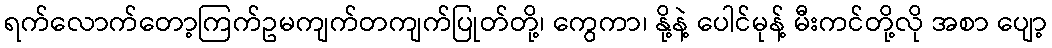
ရက်လောက်တော့ကြက်ဥမကျက်တကျက်ပြုတ်တို့၊ ကွေကာ၊ နို့နဲ့ ပေါင်မုန့် မီးကင်တို့လို အစာ ပျော့